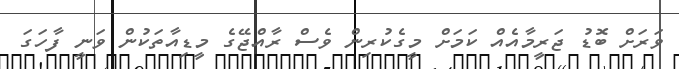
ވަރަށް ބޮޑު ޖަރީމާއެއް ކަމަށް މީގެކުރިން ވެސް ރާއްޖޭގެ މީޑިއާތަކުން ވަނީ ފާހަގަ